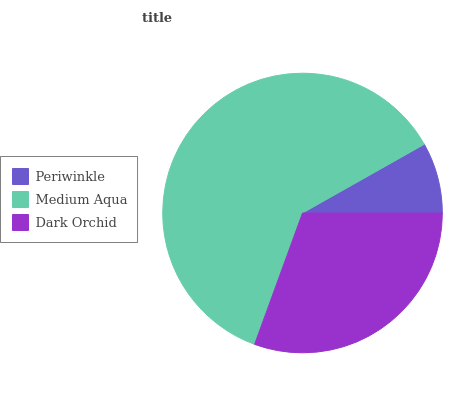
| Periwinkle | Medium Aqua | Dark Orchid |
 | --- | --- | --- |
 | 8.18% | 61.3% | 30.6% |